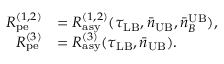
\begin{array} { r l } { R _ { \mathrm { p e } } ^ { ( 1 , 2 ) } } & { = R _ { \mathrm { a s y } } ^ { ( 1 , 2 ) } ( \tau _ { \mathrm { L B } } , \bar { n } _ { \mathrm { U B } } , \bar { n } _ { B } ^ { \mathrm { U B } } ) , } \\ { R _ { \mathrm { p e } } ^ { ( 3 ) } } & { = R _ { \mathrm { a s y } } ^ { ( 3 ) } ( \tau _ { \mathrm { L B } } , \bar { n } _ { \mathrm { U B } } ) . } \end{array}